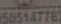
58514776